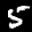
Label: 5